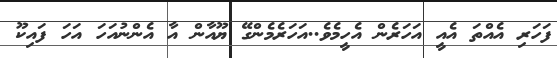
ފަހަރި އެއްތަ އެއީ އަހަރެން އެހީމެވެ..އަހަރެމެންގޭ ޔޫއާން އާ އެންނުއަހަ އަހަ ފައިކޫ